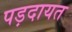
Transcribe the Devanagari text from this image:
पड़दायत